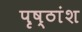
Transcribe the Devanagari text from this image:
पृष्ठांश